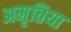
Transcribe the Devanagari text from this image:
अमृतिया